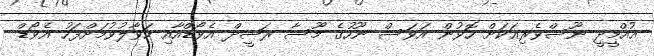
އުއްމީދީ ނޫސްވެރިއަކަށް ހޮވުން އަވަސް ނޫހުގެ މޫސާ ރަޝީދް އެވޯޑްއާއި ހަވާލުވުމަށްފަހު އެވޯޑް